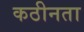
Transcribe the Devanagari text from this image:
कठीनता